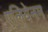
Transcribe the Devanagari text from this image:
एलियेनम